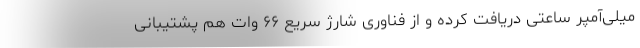
میلی‌آمپر ساعتی دریافت کرده و از فناوری شارژ سریع ۶۶ وات هم پشتیبانی